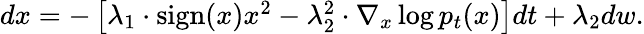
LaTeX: \begin{array}{r}{dx=-\left[\lambda_{1}\cdot\mathrm{sign}(x)x^{2}-\lambda_{2}^{2}\cdot\nabla_{x}\log p_{t}(x)\right]dt+\lambda_{2}dw.}\end{array}